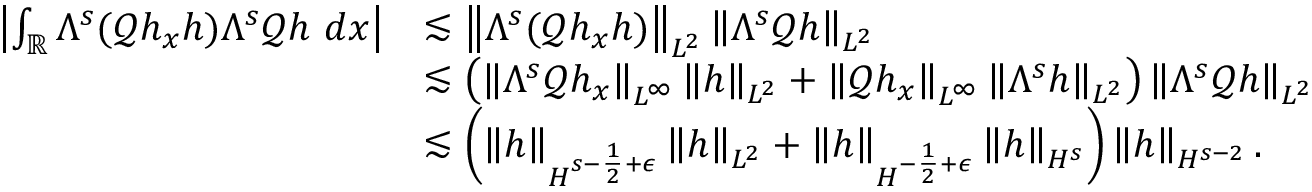
\begin{array} { r l } { \left| \int _ { \mathbb R } \Lambda ^ { s } ( \mathscr { Q } h _ { x } h ) \Lambda ^ { s } \mathscr { Q } h \ d x \right| } & { \lesssim \left\| \Lambda ^ { s } ( \mathscr { Q } h _ { x } h ) \right\| _ { L ^ { 2 } } \left\| \Lambda ^ { s } \mathscr { Q } h \right\| _ { L ^ { 2 } } } \\ & { \lesssim \left( \left\| \Lambda ^ { s } \mathscr { Q } h _ { x } \right\| _ { L ^ { \infty } } \left\| h \right\| _ { L ^ { 2 } } + \left\| \mathscr { Q } h _ { x } \right\| _ { L ^ { \infty } } \left\| \Lambda ^ { s } h \right\| _ { L ^ { 2 } } \right) \left\| \Lambda ^ { s } \mathscr { Q } h \right\| _ { L ^ { 2 } } } \\ & { \lesssim \left( \left\| h \right\| _ { H ^ { s - \frac { 1 } { 2 } + \epsilon } } \left\| h \right\| _ { L ^ { 2 } } + \left\| h \right\| _ { H ^ { - \frac { 1 } { 2 } + \epsilon } } \left\| h \right\| _ { H ^ { s } } \right) \left\| h \right\| _ { H ^ { s - 2 } } . } \end{array}